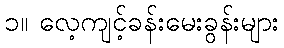
၁။ လေ့ကျင့်ခန်းမေးခွန်းများ